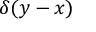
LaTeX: \delta ( y - x )